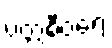
ပတ္တစီဝရေ